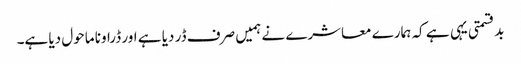
بدقسمتی یہی ہے کہ ہمارے معاشرے نے ہمیں صرف ڈر دیا ہے اور ڈراونا ماحول دیا ہے۔